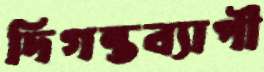
দিগন্তব্যাপী